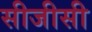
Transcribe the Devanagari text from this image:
सीजीसी